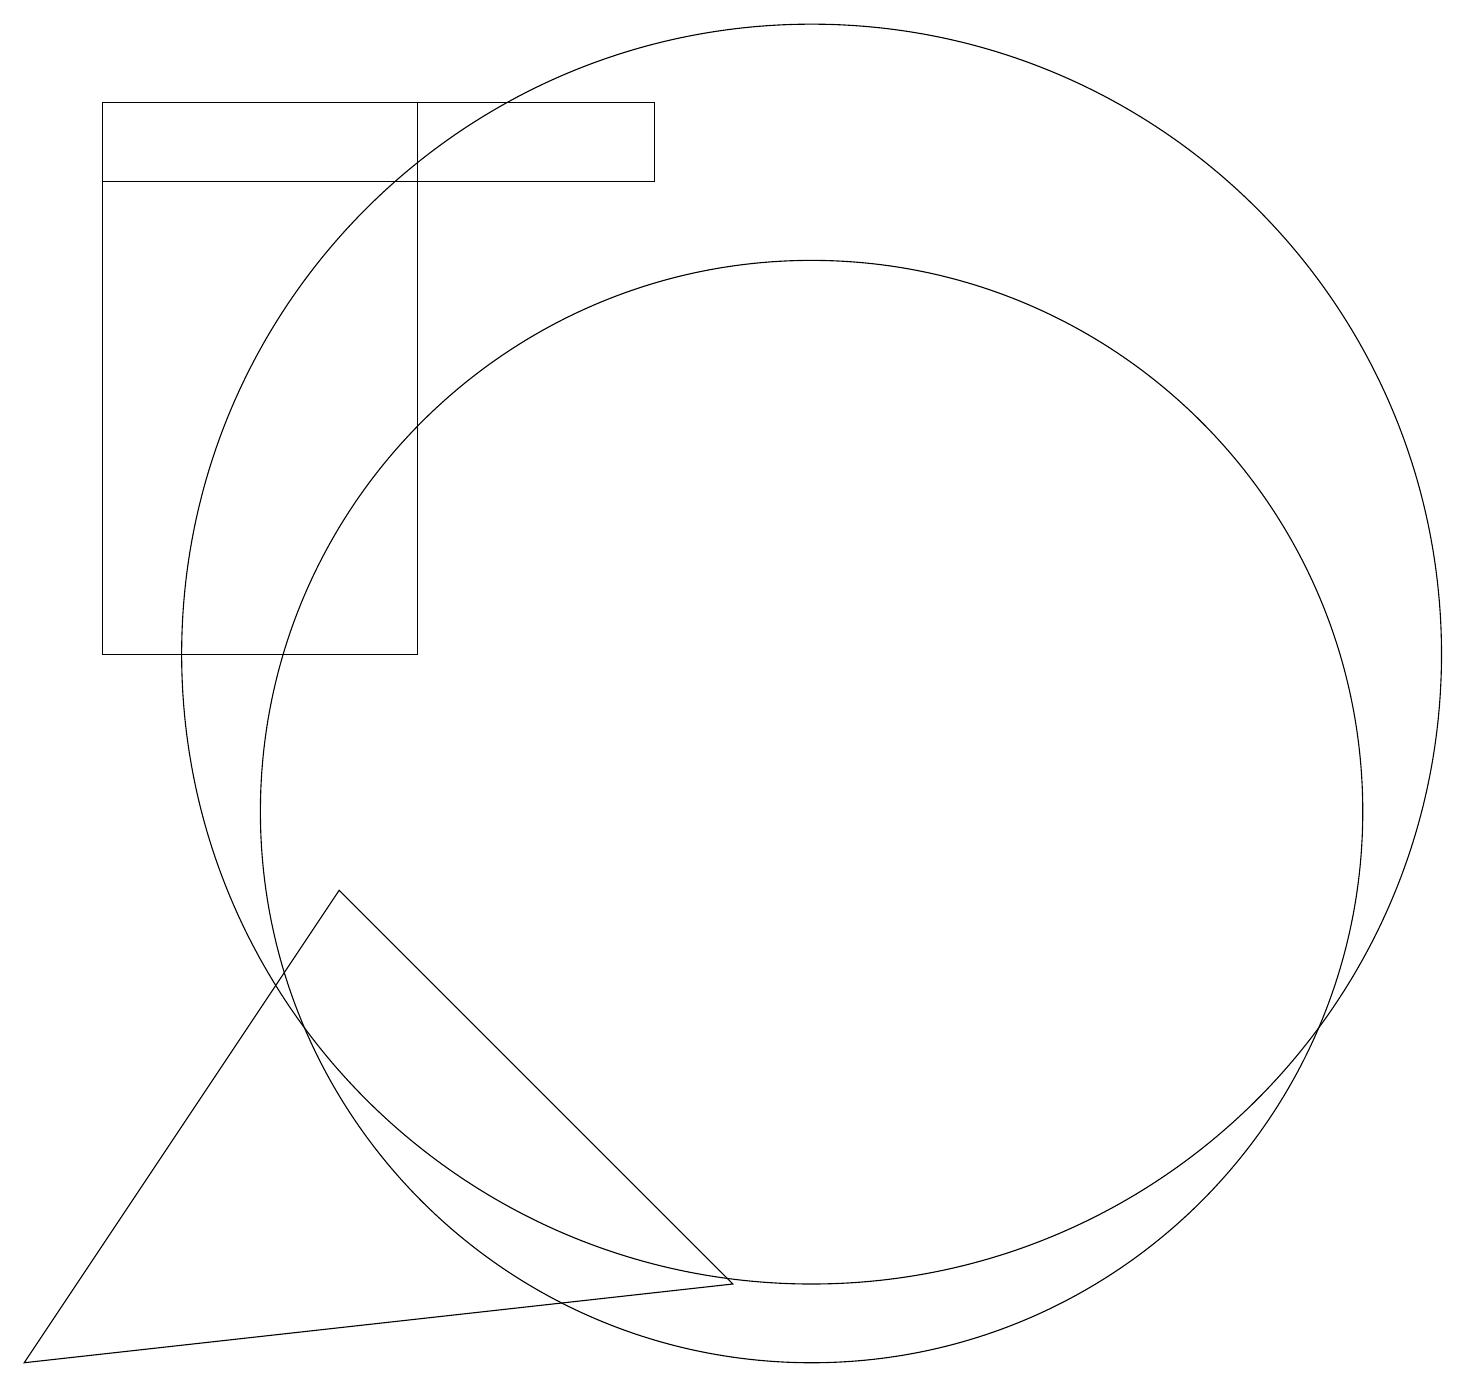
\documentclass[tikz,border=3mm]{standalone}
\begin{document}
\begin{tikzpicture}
\draw (8,18) rectangle (1,19);
\draw (3,13) rectangle (3,13);
\draw (10,10) circle (7);
\draw (5,12) rectangle (1,19);
\draw (10,12) circle (8);
\draw (0,3) -- (9,4) -- (4,9) -- cycle;
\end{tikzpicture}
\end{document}